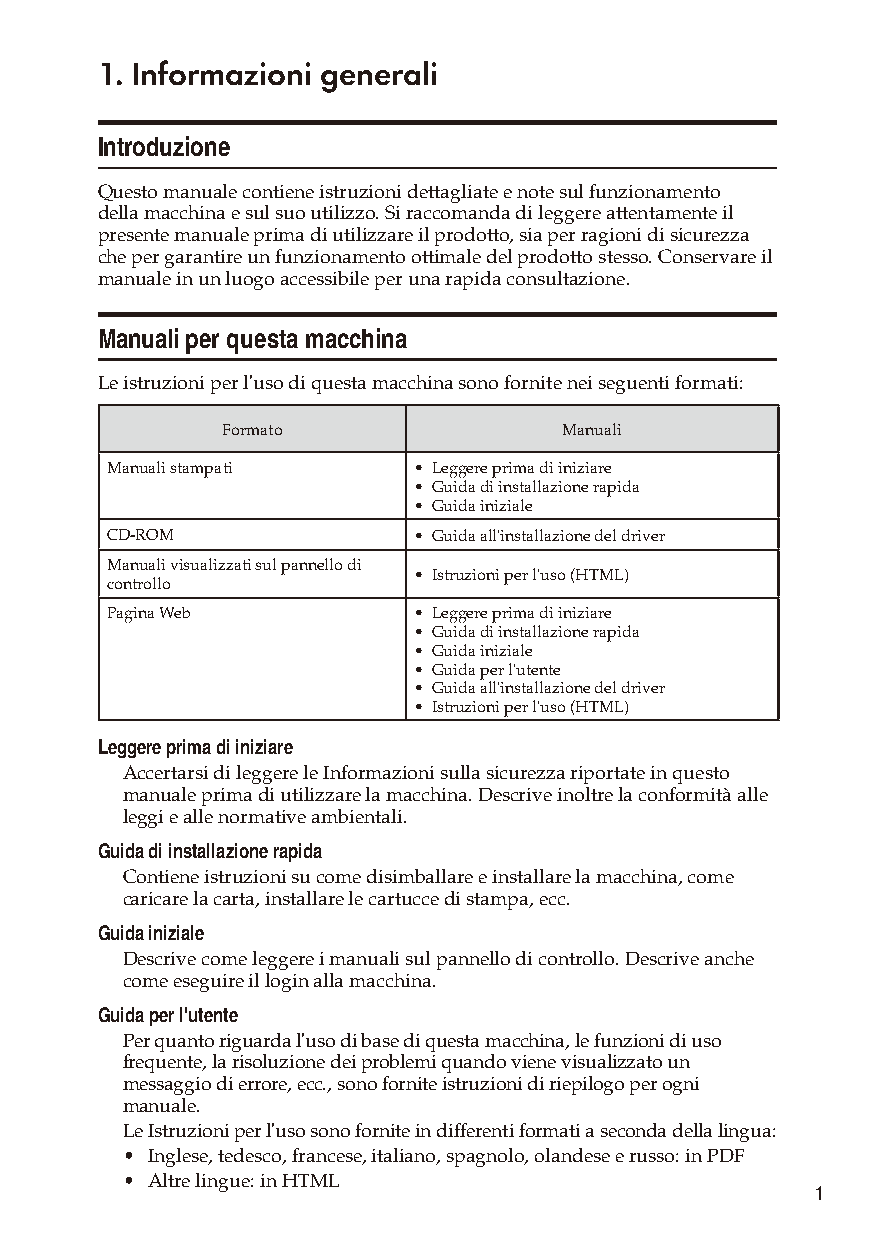
1. Informazioni generali
 Introduzione
 Questo manuale contiene istruzioni dettagliate e note sul funzionamento
 della macchina e sul suo utilizzo. Si raccomanda di leggere attentamente il
 presente manuale prima di utilizzare il prodotto, sia per ragioni di sicurezza
 che per garantire un funzionamento ottimale del prodotto stesso. Conservare il
 manuale in un luogo accessibile per una rapida consultazione.
 Manuali per questa macchina
 Le istruzioni per l'uso di questa macchina sono fornite nei seguenti formati:
 Formato               Manuali
 Manuali stampati    • Leggere prima di iniziare
 • Guida di installazione rapida
 • Guida iniziale
 CD-ROM              • Guida all'installazione del driver
 Manuali visualizzati sul pannello di
 • Istruzioni per l'uso (HTML)
 controllo
 Pagina Web          • Leggere prima di iniziare
 • Guida di installazione rapida
 • Guida iniziale
 • Guida per l'utente
 • Guida all'installazione del driver
 • Istruzioni per l'uso (HTML)
 Leggere prima di iniziare
 Accertarsi di leggere le Informazioni sulla sicurezza riportate in questo
 manuale prima di utilizzare la macchina. Descrive inoltre la conformità alle
 leggi e alle normative ambientali.
 Guida di installazione rapida
 Contiene istruzioni su come disimballare e installare la macchina, come
 caricare la carta, installare le cartucce di stampa, ecc.
 Guida iniziale
 Descrive come leggere i manuali sul pannello di controllo. Descrive anche
 come eseguire il login alla macchina.
 Guida per l'utente
 Per quanto riguarda l'uso di base di questa macchina, le funzioni di uso
 frequente, la risoluzione dei problemi quando viene visualizzato un
 messaggio di errore, ecc., sono fornite istruzioni di riepilogo per ogni
 manuale.
 Le Istruzioni per l'uso sono fornite in differenti formati a seconda della lingua:
 • Inglese, tedesco, francese, italiano, spagnolo, olandese e russo: in PDF
 • Altre lingue: in HTML
 1